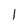
Character: l